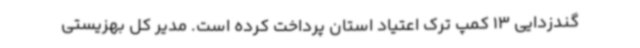
گندزدایی 13 کمپ ترک اعتیاد استان پرداخت کرده است. مدیر کل بهزیستی